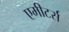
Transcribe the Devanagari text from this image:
एमीटर्स